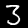
Digit: 3